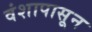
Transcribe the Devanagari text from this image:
वंशापासून